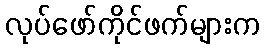
လုပ်ဖော်ကိုင်ဖက်များက